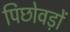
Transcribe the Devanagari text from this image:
पिछोवड़ों